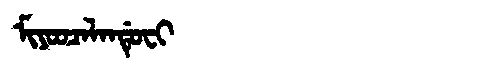
Manchu: ᠮᡳᠶᠣᠣᠴᠠᠯᠠᠨᡩᡠᠸᡳ
Romanization: MIYOOCALANDUFI